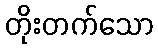
တိုးတက်သော